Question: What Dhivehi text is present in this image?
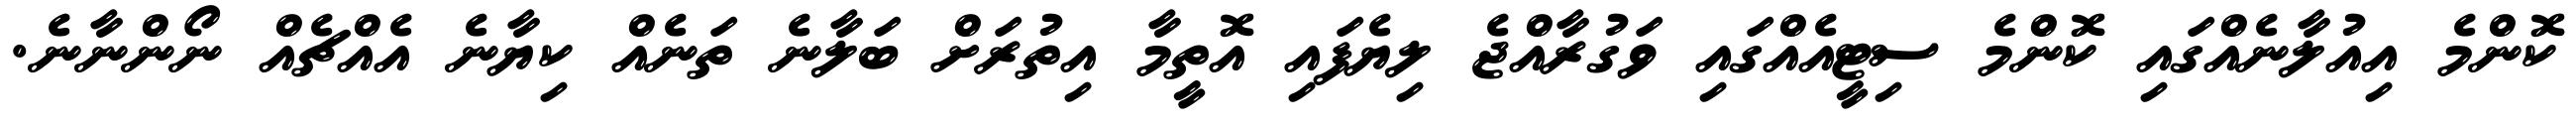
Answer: ކޮންމެ އިއުލާނެއްގައި ކޮންމެ ސިޓީއެއްގައި ވަގުރާއްޖެ ލިޔެފައި އޮތީމާ އިތުރަށް ބަލާނެ ތަނެއް ކިޔާނެ އެއްޗެއް ނޯންނާނެ.